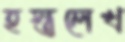
হস্তলেখ